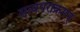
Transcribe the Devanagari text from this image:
सत्यपराक्रमम्